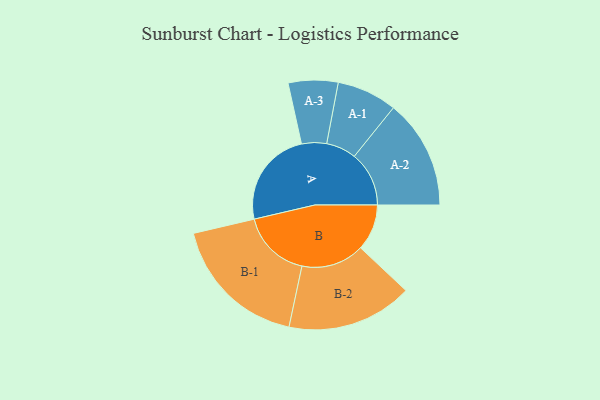
{"axis": {"x": "Segment", "y": "Value"}, "legend": ["", "A", "B"], "data": [{"x": "A", "y": 390, "type": ""}, {"x": "B", "y": 186, "type": ""}, {"x": "A-1", "y": 121, "type": "A"}, {"x": "A-2", "y": 220, "type": "A"}, {"x": "A-3", "y": 100, "type": "A"}, {"x": "B-1", "y": 279, "type": "B"}, {"x": "B-2", "y": 253, "type": "B"}]}